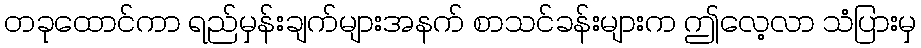
တခုထောင်ကာ ရည်မှန်းချက်များအနက် စာသင်ခန်းများက ဤလေ့လာ သံပြားမှ